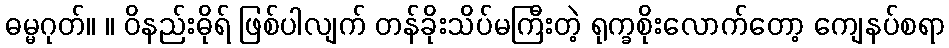
ဓမ္မဂုတ်။ ။ ဝိနည်းဓိုရ် ဖြစ်ပါလျက် တန်ခိုးသိပ်မကြီးတဲ့ ရုက္ခစိုးလောက်တော့ ကျေနပ်စရာ